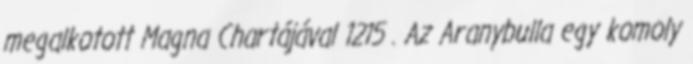
megalkotott Magna Chartájával 1215 . Az Aranybulla egy komoly